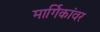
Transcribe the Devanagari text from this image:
मार्गिकांवर